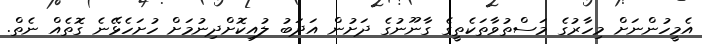
އެމީހުންނަށް މިހާރުގެ މަސްތުވާތަކެތީގެ ގާނޫނުގެ ދަށުން އަދަބު ލުއިކޮށްދިނުމަށް ހުށަހެޅޭނެ ގޮތެއް ނެތް.